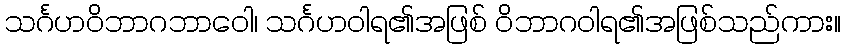
သင်္ဂဟဝိဘာဂဘာဝေါ၊ သင်္ဂဟဝါရ၏အဖြစ် ဝိဘာဂဝါရ၏အဖြစ်သည်ကား။